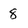
Character: 8